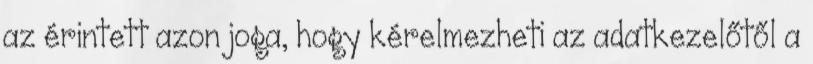
az érintett azon joga, hogy kérelmezheti az adatkezelőtől a